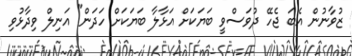
ޒުވާނުން އެބަ ޖެހޭ ދުވަސްވީ ބަޔަކަށް އަޅާލާ ބަޔަކަށް ހަދަން" އަނިލް ވިދާޅުވި